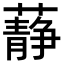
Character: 𧂮